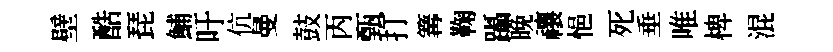
壁酷琵鯆吁伉曼鼓丙甄打篝鞠躡晩禳悒死垂唯椑混